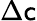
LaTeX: \Delta\mathsf{c}